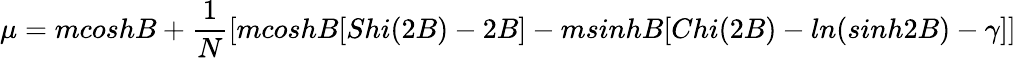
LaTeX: \mu=mcoshB+\frac{1}{N}\left[mcoshB[Shi(2B)-2B]-msinhB[Chi(2B)-ln(sinh2B)-\gamma]\right]